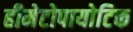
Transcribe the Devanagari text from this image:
हीमेटोपायोटिक